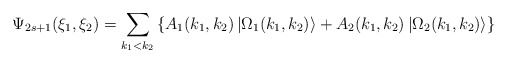
\begin{align*}\Psi _{2s+1}(\xi _{1},\xi _{2})=\sum_{k_{1}<k_{2}}\left\{A_{1}(k_{1},k_{2})\left| \Omega _{1}(k_{1},k_{2})\right\rangle+A_{2}(k_{1},k_{2})\left| \Omega _{2}(k_{1},k_{2})\right\rangle \right\}\end{align*}